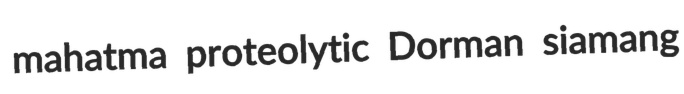
mahatma proteolytic Dorman siamang